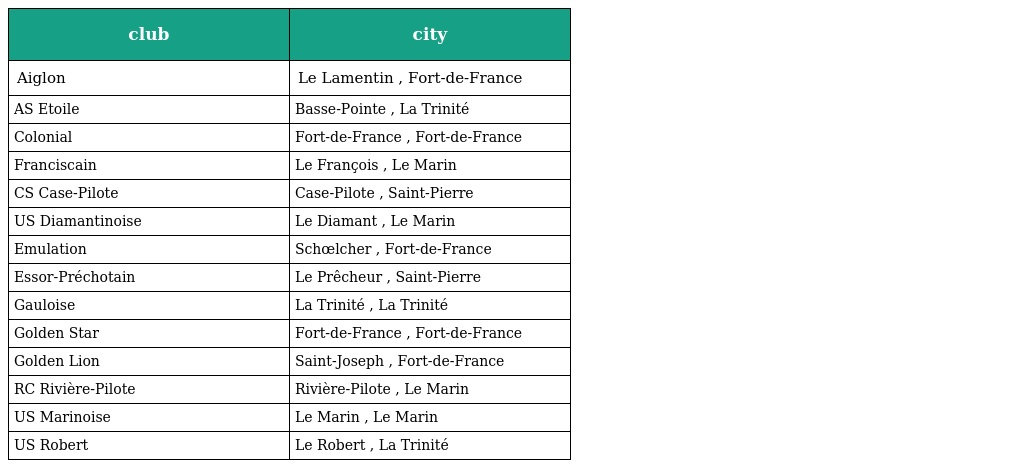
| club | city |
 | --- | --- |
 | Aiglon | Le Lamentin , Fort-de-France |
 | AS Etoile | Basse-Pointe , La Trinité |
 | Colonial | Fort-de-France , Fort-de-France |
 | Franciscain | Le François , Le Marin |
 | CS Case-Pilote | Case-Pilote , Saint-Pierre |
 | US Diamantinoise | Le Diamant , Le Marin |
 | Emulation | Schœlcher , Fort-de-France |
 | Essor-Préchotain | Le Prêcheur , Saint-Pierre |
 | Gauloise | La Trinité , La Trinité |
 | Golden Star | Fort-de-France , Fort-de-France |
 | Golden Lion | Saint-Joseph , Fort-de-France |
 | RC Rivière-Pilote | Rivière-Pilote , Le Marin |
 | US Marinoise | Le Marin , Le Marin |
 | US Robert | Le Robert , La Trinité |